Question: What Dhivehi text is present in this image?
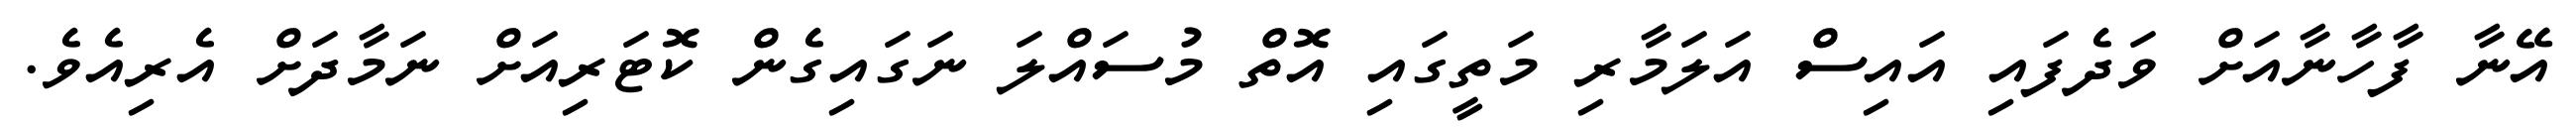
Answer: އޭނާ ފާހާނާއަށް ވަދެފައި އައިސް އަލަމާރި މަތީގައި އޮތް މުސައްލަ ނަގައިގެން ކޮޓަރިއަށް ނަމާދަށް އެރިއެވެ.